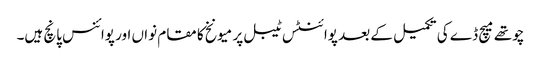
چوتھے میچ ڈے کی تکمیل کے بعد پوائنٹس ٹیبل پر میونخ کا مقام نواں اور پوائنس پانچ ہیں۔